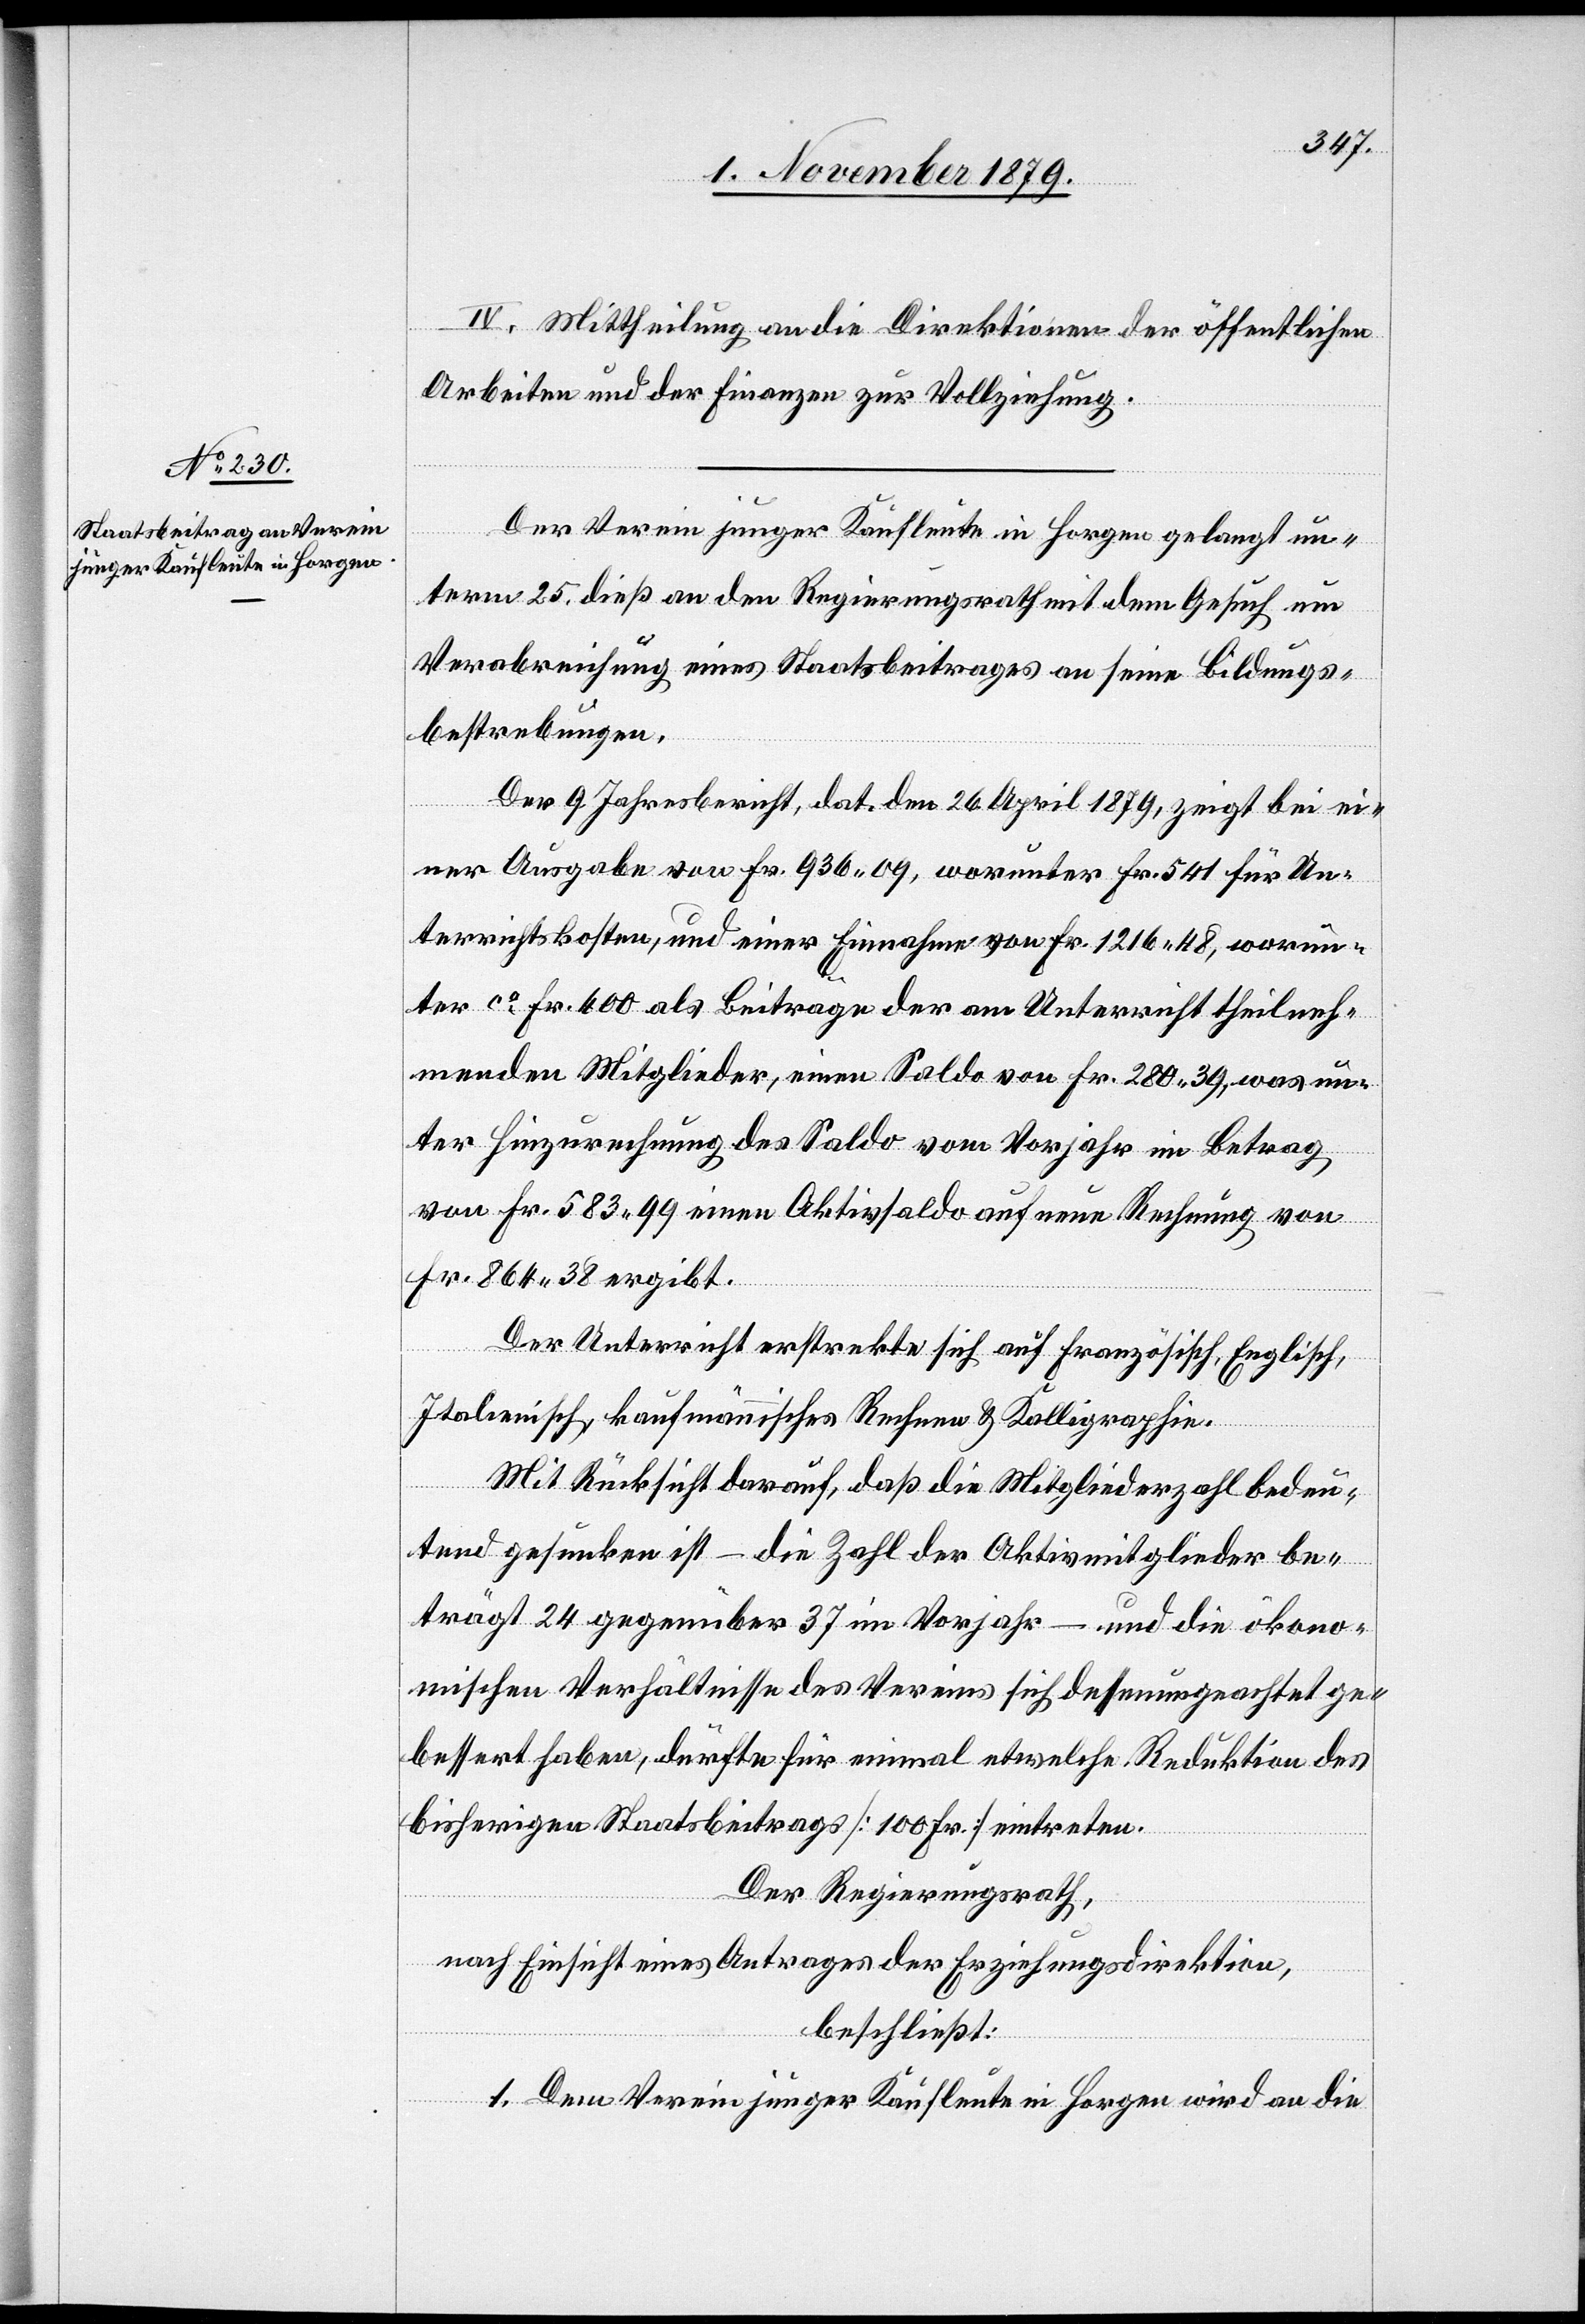
IV. Mittheilung an die Direktionen der öffentlichen
Arbeiten und der Finanzen zur Vollziehung.
Der Verein junger Kaufleute in Horgen gelangt un¬
term 25. dieß an den Regierungsrath mit dem Gesuch um
Verabreichung eines Staatsbeitrages an seine Bildungs¬
bestrebungen.
Der 9. Jahresbericht, dat. den 26. April 1879, zeigt bei ei¬
ner Ausgabe von Fr. 936 09, worunter Fr. 541 für Un¬
terrichtskosten, und einer Einnahme von Fr. 1216 48, worun¬
ter ca Fr. 400 als Beiträge der am Unterricht theilneh¬
menden Mitglieder, einen Saldo von Fr. 280 39, was un¬
ter Hinzurechnung des Saldo vom Vorjahr im Betrag
von Fr. 583 99 einen Aktivsaldo auf neue Rechnung von
Fr. 864 38 ergibt.
Der Unterricht erstrekte sich auf Französisch, Englisch,
Italienisch, kaufmännisches Rechnen & Kalligraphie.
Mit Rücksicht darauf, daß die Mitgliederzahl bedeu¬
tend gesunken ist – die Zahl der Aktivmitglieder be¬
trägt 24 gegenüber 37 im Vorjahr – und die ökono¬
mischen Verhältnisse des Vereins sich dessen ungeachtet ge¬
bessert haben, dürften für einmal etwelche Reduktion des
bisherigen Staatsbeitrages [100 Fr.] eintreten.
Der Regierungsrath,
nach Einsicht eines Antrages der Erziehungsdirektion,
beschließt:
1. Dem Verein junger Kaufleute in Horgen wird an die